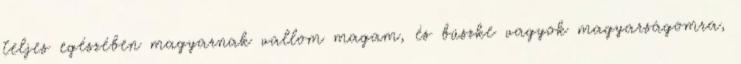
teljes egészében magyarnak vallom magam, és büszke vagyok magyarságomra,